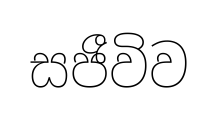
සජීවිව